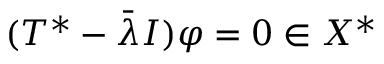
( T ^ { * } - { \bar { \lambda } } I ) \varphi = 0 \in X ^ { * }